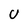
Character: U